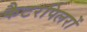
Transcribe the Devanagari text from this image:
कैटरपिलरों